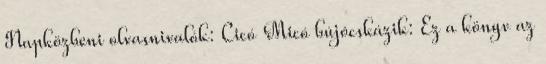
Napközbeni olvasnivalók: Cicó Micó bújócskázik: Ez a könyv az